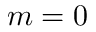
m = 0